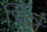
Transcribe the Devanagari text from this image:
भिन्न